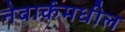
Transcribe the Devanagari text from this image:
नेवार्कमधील